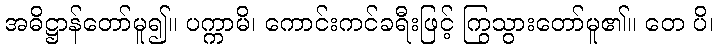
အဓိဋ္ဌာန်တော်မူ၍။ ပက္ကာမိ၊ ကောင်းကင်ခရီးဖြင့် ကြွသွားတော်မူ၏။ တေ ပိ၊